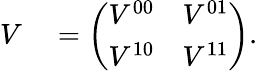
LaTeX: \begin{array}{rl}{V}&{{}=\left(\begin{array}{ll}{V^{00}}&{V^{01}}\\ {V^{10}}&{V^{11}}\end{array}\right).}\end{array}